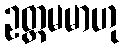
ဥတ္တမမာဟု